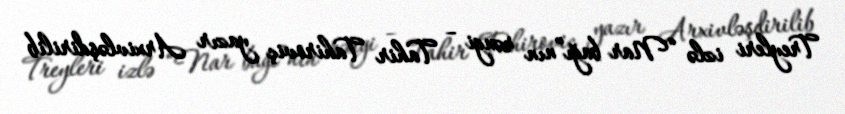
Treyleri izlə “Nar bağı”nın rəngi – Tahir Tahiroviç yazır Arxivləşdirilib